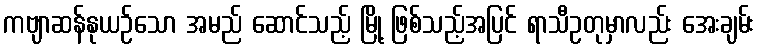
ကဗျာဆန်နုယဉ်သော အမည် ဆောင်သည့် မြို့ ဖြစ်သည့်အပြင် ရာသီဥတုမှာလည်း အေးချမ်း